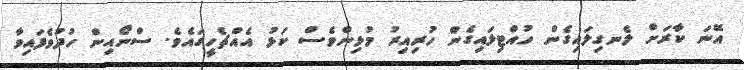
އޭނަ ކާރަށް ލެނގިލައިގެން ހުއްޓިލައިގެން ހުރިއިރު މުޅިންވެސް ކަޅު އެއްޗެހީގައެވެ. ސްނޯއިން ހުދުވެފައިވާ